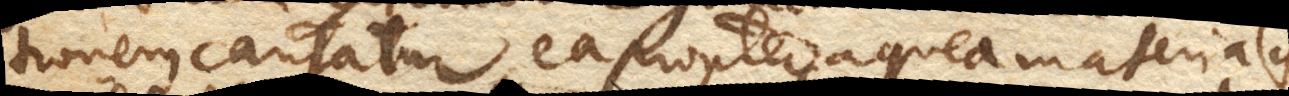
tionem causatur, ea propter aquea materia quae